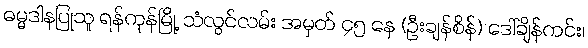
ဓမ္မဒါနပြုသူ ရန်ကုန်မြို့ သံလွင်လမ်း အမှတ် ၄၅ နေ (ဦးချန်စိန်) ဒေါ်ချိန်ကင်း၊